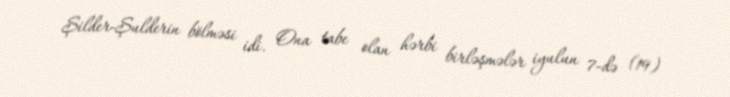
Şilder-Şulderin bölməsi idi. Ona tabe olan hərbi birləşmələr iyulun 7-də (19)